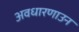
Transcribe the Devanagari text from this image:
अवधारणाउन